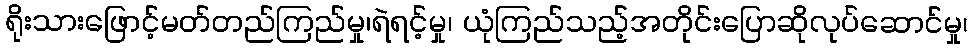
ရိုးသားဖြောင့်မတ်တည်ကြည်မှု၊ရဲရင့်မှု၊ ယုံကြည်သည့်အတိုင်းပြောဆိုလုပ်ဆောင်မှု၊